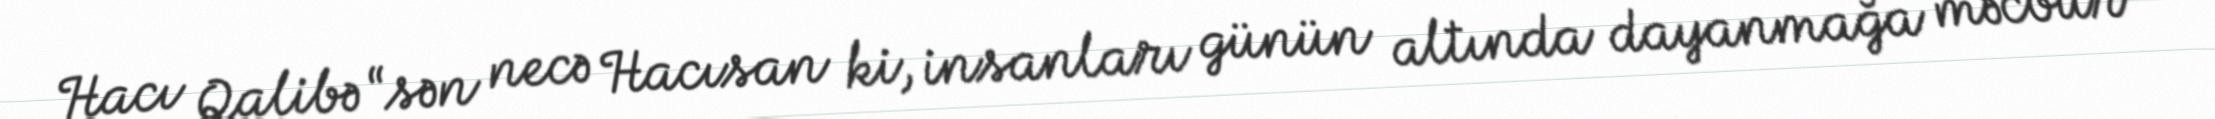
Hacı Qalibə “sən necə Hacısan ki, insanları günün altında dayanmağa məcbur